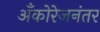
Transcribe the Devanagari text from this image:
अँकोरेजनंतर